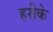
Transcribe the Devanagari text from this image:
हरीके